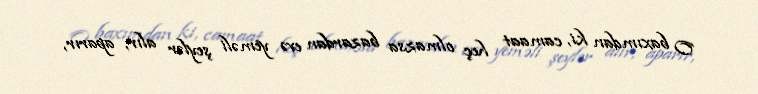
O baxımdan ki, camaat heç olmazsa bazardan evə yeməli şeylər alır, aparır,